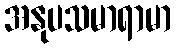
အနုပသမာရာမာ